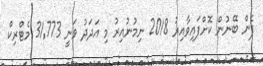
ފެން ބޭނުން ކޮށްފައިވާއިރު 2018 ނިމުނުއިރު މި އަދަދު ވަނީ 31